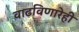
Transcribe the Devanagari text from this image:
वाढविणारेही